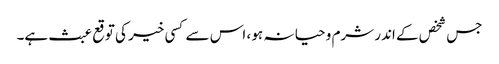
جس شخص کے اندر شرم و حیا نہ ہو ، اس سے کسی خیر کی توقع عبث ہے۔